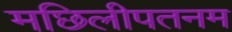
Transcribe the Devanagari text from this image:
मछिलीपतनम